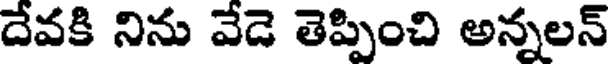
దేవకి నిను వేడె తెప్పించి అన్నలన్